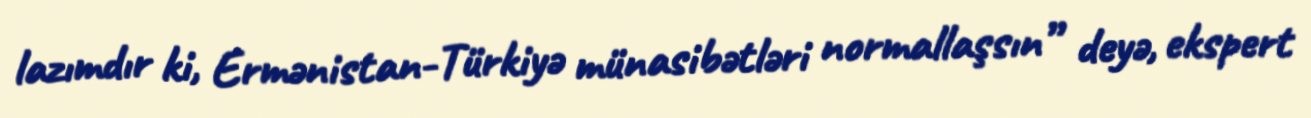
lazımdır ki, Ermənistan-Türkiyə münasibətləri normallaşsın” deyə, ekspert